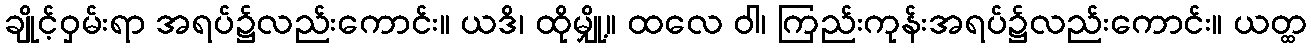
ချိုင့်ဝှမ်းရာ အရပ်၌လည်းကောင်း။ ယဒိ၊ ထိုမျှို့။ ထလေ ဝါ၊ ကြည်းကုန်းအရပ်၌လည်းကောင်း။ ယတ္ထ